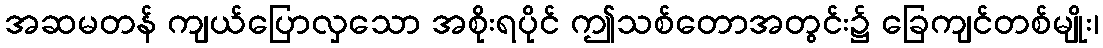
အဆမတန် ကျယ်ပြောလှသော အစိုးရပိုင် ဤသစ်တောအတွင်း၌ ခြေကျင်တစ်မျိုး၊